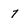
Character: 7